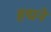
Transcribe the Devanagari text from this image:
हद्मने